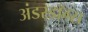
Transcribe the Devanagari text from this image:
अंडरडॉग्स